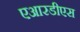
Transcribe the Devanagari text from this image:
एआरडीएस